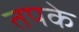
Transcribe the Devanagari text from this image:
तपके